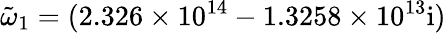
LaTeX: \tilde{\omega}_{1}=(2.326\times 10^{14}-1.3258\times 10^{13}\mathrm{{i})}